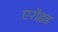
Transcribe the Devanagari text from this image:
एरोइड